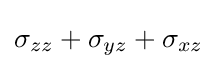
\sigma _{zz}+\sigma _{yz}+\sigma _{xz}